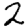
Digit: 2